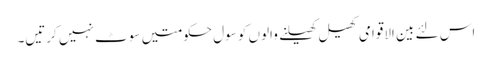
اس لئے بین الاقوامی کھیل کھیلنے والوں کو سول حکومتیں سوٹ نہیں کرتیں۔